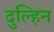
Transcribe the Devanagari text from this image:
दुल्हिन